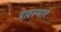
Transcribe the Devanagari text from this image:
प्रावस्थाएं